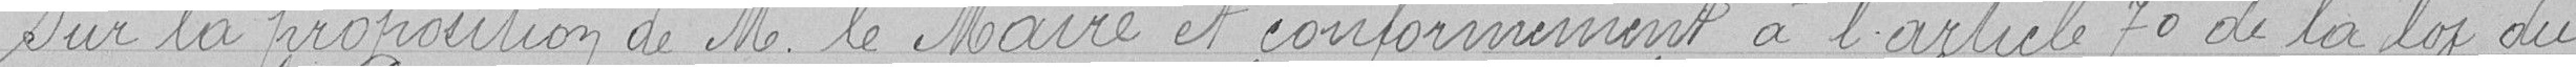
Sur la proposition de Monsieur le Maire et conformément à l'article 70 de la loi du